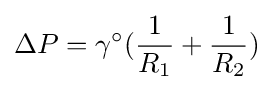
\Delta P=\gamma ^{\circ }({\frac {1}{R_{1}}}+{\frac {1}{R_{2}}})